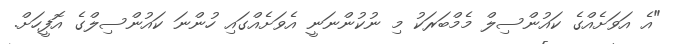
"އެ އަވަށެއްގެ ކައުންސިލް މެމްބަރަކު މި ނުކުންނަނީ އެވަށެއްގައި ހުންނަ ކައުންސިލްގެ އޮފީހަށް.